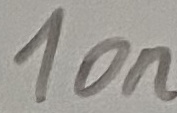
Text: 10n